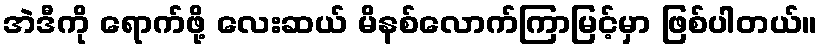
အဲဒီကို ရောက်ဖို့ လေးဆယ် မိနစ်လောက်ကြာမြင့်မှာ ဖြစ်ပါတယ်။